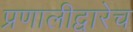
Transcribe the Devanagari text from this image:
प्रणालीद्वारेच